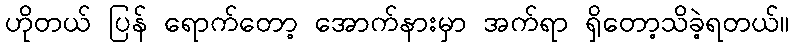
ဟိုတယ် ပြန် ရောက်တော့ အောက်နားမှာ အက်ရာ ရှိတော့သိခဲ့ရတယ်။